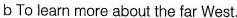
b To learn more about the far West.